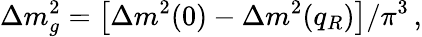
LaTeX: \Delta m_{g}^{2}=\left[\Delta m^{2}(0)-\Delta m^{2}(q_{R})\right]/\pi^{3}\, ,